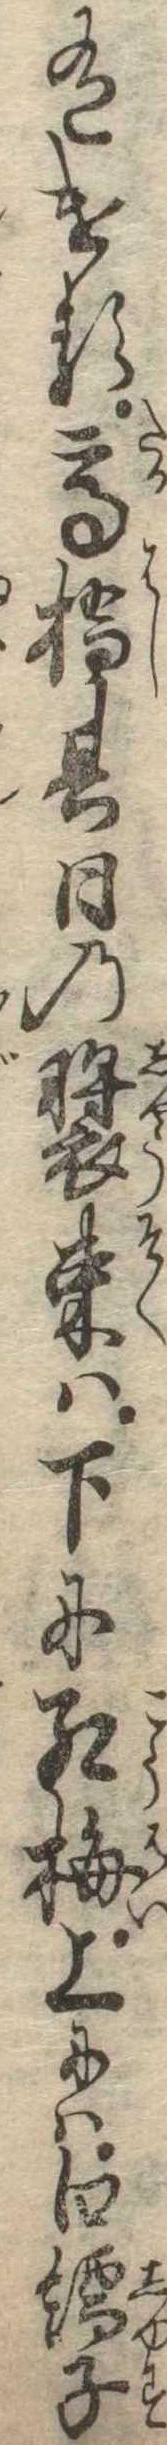
有ける高橋其日の装束は下に紅梅上には白繻子